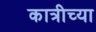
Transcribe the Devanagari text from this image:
कात्रीच्या